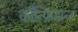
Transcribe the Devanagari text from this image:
कॉन्फ़िडान्ट